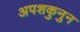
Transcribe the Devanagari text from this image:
अपशकुनुन